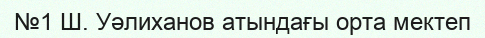
№1 Ш. Уәлиханов атындағы орта мектеп